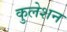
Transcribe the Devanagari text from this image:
कुलेशन